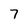
Character: 7